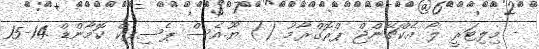
- މިލިޓަރީ ލޯ އެކްޗޭންޖް ޕްރޮގްރާމު () ޔޫ.އެސް ޕެސިފިކް ކޮމާންޑް 14-15